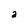
Character: a